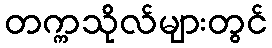
တက္ကသိုလ်များတွင်